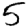
Digit: 5